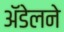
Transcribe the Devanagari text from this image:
अॅडेलने